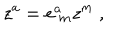
z ^ { a } = e _ { \ m } ^ { a } z ^ { m } \ ,